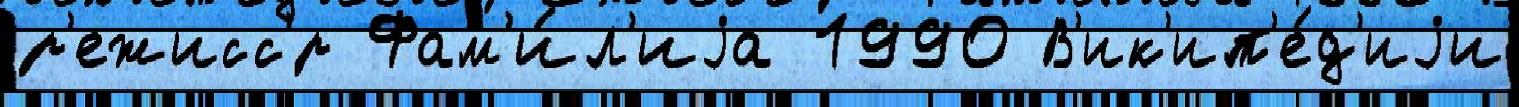
р'ежисс'́р Фам'и́л'иjа 1990 В'ик'ип'е́д'иjи